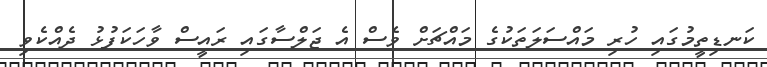
ކަނޑިތީމުގައި ހުރި މައްސަލަތަކުގެ މައްޗަށް ވެސް އެ ޖަލްސާގައި ރައީސް ވާހަކަފުޅު ދެއްކެވި